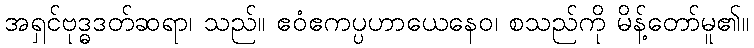
အရှင်ဗုဒ္ဓဒတ်ဆရာ၊ သည်။ ဧဝံဧကပ္ပဟာယေနေဝ၊ စသည်ကို မိန့်တော်မူ၏။